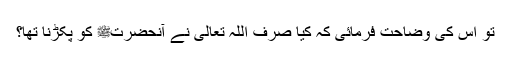
تو اس کی وضاحت فرمائی کہ کیا صرف اللہ تعالیٰ نے آنحضرتﷺ کو پکڑنا تھا؟